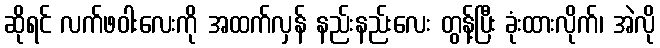
ဆိုရင် လက်ဖဝါးလေးကို အထက်လှန် နည်းနည်းလေး တွန့်ပြီး ခုံးထားလိုက်၊ အဲလို